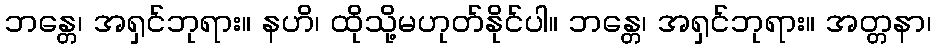
ဘန္တေ၊ အရှင်ဘုရား။ နဟိ၊ ထိုသို့မဟုတ်နိုင်ပါ။ ဘန္တေ၊ အရှင်ဘုရား။ အတ္တနာ၊